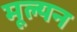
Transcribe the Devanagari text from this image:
मूल्‍यन